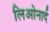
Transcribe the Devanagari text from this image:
लिओनार्द